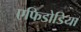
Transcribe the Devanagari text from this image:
एफिडोडिया